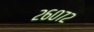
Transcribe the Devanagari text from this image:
२६०७२